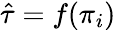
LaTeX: \hat{\tau}=f(\pi_{i})